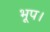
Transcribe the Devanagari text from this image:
भूप।